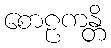
စောဠကန္တိ